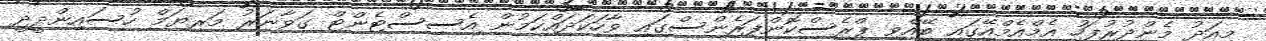
މިއަދު މެންދުރުފަހު އެމްއެމްއޭގައި ބޭއްވި ޕްރެސްކޮންފަރެންސްގައި ވާހަކަދައްކަމުން އެސިސްޓެންޓް ގަވާނަރު މަރިޔަމް ހުސައިންދީދީ